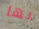
بها